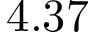
4 . 3 7